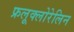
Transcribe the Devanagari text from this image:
फ्रलूक्लोरेलिन